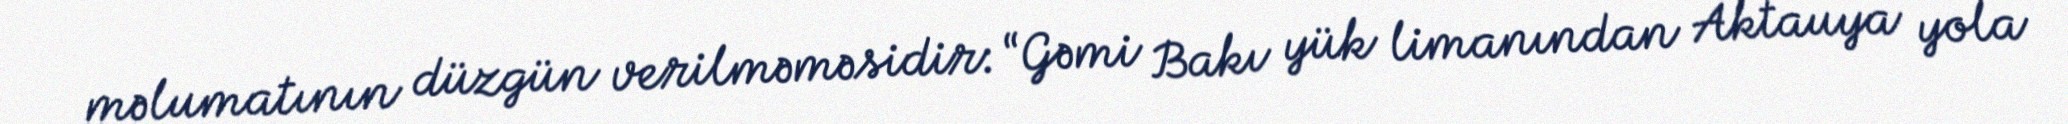
məlumatının düzgün verilməməsidir: “Gəmi Bakı yük limanından Aktauya yola